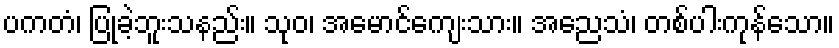
ပကတံ၊ ပြုခဲ့ဘူးသနည်း။ သုဝ၊ အမောင်ကျေးသား။ အညေသံ၊ တစ်ပါးကုန်သော။